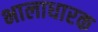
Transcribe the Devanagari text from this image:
भालाधारक